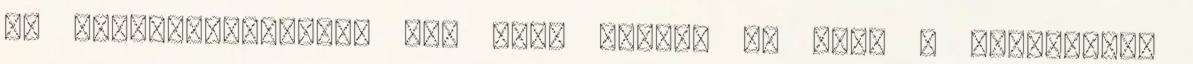
Ha gyereknevelésről van szó, olykor k. Srác a háttérben.